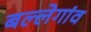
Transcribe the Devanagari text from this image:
बल्लेगांव